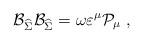
LaTeX: \begin{align*}\mathcal{B}_{\widehat{\Sigma }}\mathcal{B}_{\widehat{\Sigma }}=\omega\varepsilon ^\mu \mathcal{P}_\mu \;, \end{align*}